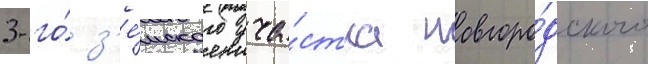
3-го́ з'е́мского уча́стка новгоро́дского